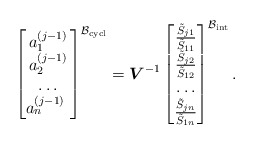
\begin{gather*}\begin{bmatrix} a_1^{(j-1)} \\ a_2^{(j-1)} \\ \ldots \\ a_n^{(j-1)} \ \end{bmatrix} ^{\mathcal{B}_{\rm cycl}}= \boldsymbol{V}^{-1}\begin{bmatrix} \frac{ \tilde{S}_{j1}}{ \tilde{S}_{11}} \\ \frac{ \tilde{S}_{j2}}{ \tilde{S}_{12} } \\ \ldots \\ \frac{ \tilde{S}_{jn}}{ \tilde{S}_{1n} }\end{bmatrix}^{\mathcal{B}_{\rm int}} .\end{gather*}